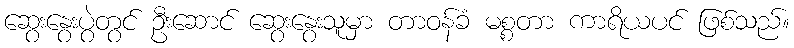
ဆွေးနွေးပွဲတွင် ဦးဆောင် ဆွေးနွေးသူမှာ တာဝန်ခံ မစ္စတာ ကာရိယပင် ဖြစ်သည်။